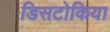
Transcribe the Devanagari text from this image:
डिसटोकिया